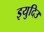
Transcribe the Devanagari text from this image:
इयुदिउ